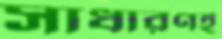
সাধারণই